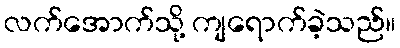
လက်အောက်သို့ ကျရောက်ခဲ့သည်။